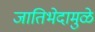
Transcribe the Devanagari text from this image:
जातिभेदामुळे